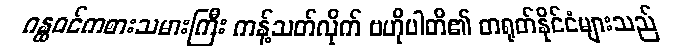
ဂန္ထဝင်ကစားသမားကြီး ကန့်သတ်လိုက် ဗဟိုပါတီ၏ တရုတ်နိုင်ငံများသည်